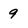
Character: 9